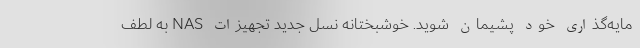
مایه‌گذاری خود پشیمان شوید. خوشبختانه نسل جدید تجهیزات NAS به لطف